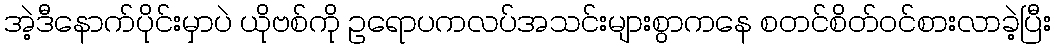
အဲ့ဒီနောက်ပိုင်းမှာပဲ ယိုဗစ်ကို ဥရောပကလပ်အသင်းများစွာကနေ စတင်စိတ်ဝင်စားလာခဲ့ပြီး